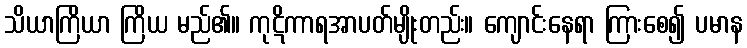
သိယာကြိယာ ကြိယ မည်၏။ ကုဋိကာရအာပတ်မျိုးတည်း။ ကျောင်းနေရာ ကြားစေ၍ ပမာန